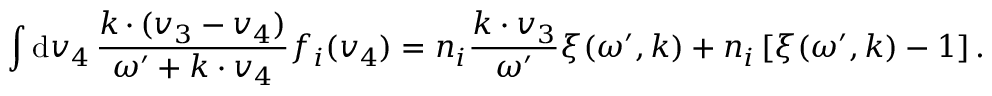
\int \mathrm { d } \boldsymbol { v } _ { 4 } \, \frac { \boldsymbol { k \, \cdot \, } ( \boldsymbol { v } _ { 3 } - \boldsymbol { v } _ { 4 } ) } { \omega ^ { \prime } + \boldsymbol { k \cdot v } _ { 4 } } f _ { i } ( \boldsymbol { v } _ { 4 } ) = n _ { i } \frac { \boldsymbol { k \cdot v } _ { 3 } } { \omega ^ { \prime } } \xi ( \omega ^ { \prime } , \boldsymbol { k } ) + n _ { i } \, [ \xi ( \omega ^ { \prime } , \boldsymbol { k } ) - 1 ] \, .